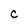
Character: C